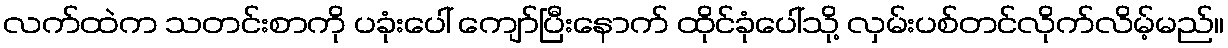
လက်ထဲက သတင်းစာကို ပခုံးပေါ် ကျော်ပြီးနောက် ထိုင်ခုံပေါ်သို့ လှမ်းပစ်တင်လိုက်လိမ့်မည်။